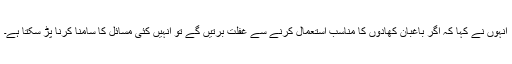
انہوں نے کہا کہ اگر باغبان کھادوں کا مناسب استعمال کرنے سے غفلت برتیں گے تو انہیں کئی مسائل کا سامنا کرنا پڑ سکتا ہے۔